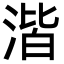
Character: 湝